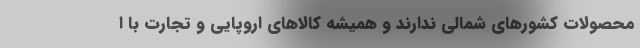
محصولات کشورهای شمالی ندارند و همیشه کالاهای اروپایی و تجارت با ا